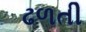
ઢળતી